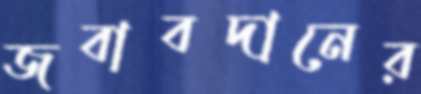
জবাবদানের